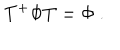
T ^ { + } \Phi T = \Phi \ .